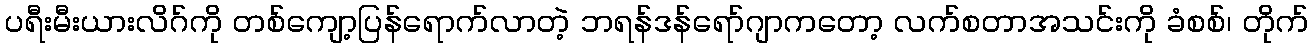
ပရီးမီးယားလိဂ်ကို တစ်ကျော့ပြန်ရောက်လာတဲ့ ဘရန်ဒန်ရော်ဂျာကတော့ လက်စတာအသင်းကို ခံစစ်၊ တိုက်